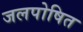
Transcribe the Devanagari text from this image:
जलपोषित